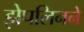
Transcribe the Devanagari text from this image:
झेपलिनने